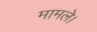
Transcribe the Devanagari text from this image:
मामले।